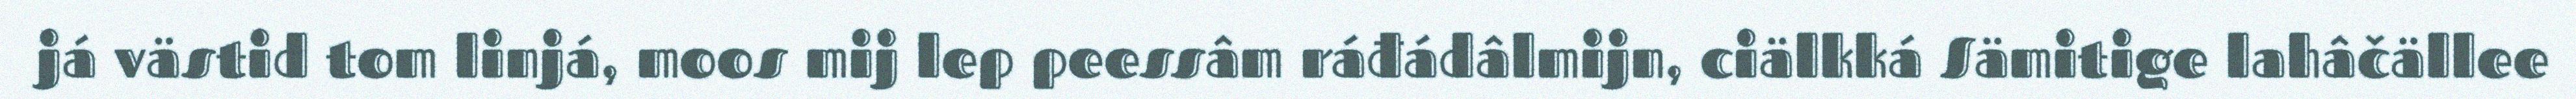
já västid tom linjá, moos mij lep peessâm ráđádâlmijn, ciälkká Sämitige lahâčällee